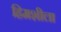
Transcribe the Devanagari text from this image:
हिमशीला